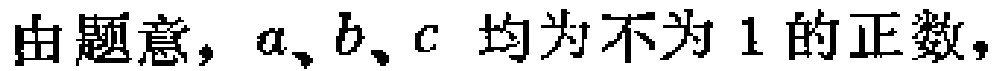
由题意，\(a、b、c\) 均为不为 \(1\) 的正数，